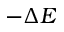
- \Delta E